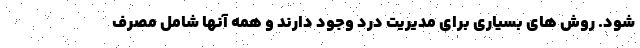
شود. روش های بسیاری برای مدیریت درد وجود دارند و همه آنها شامل مصرف